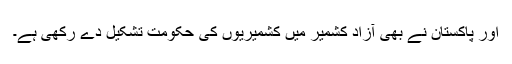
اور پاکستان نے بھی آزاد کشمیر میں کشمیریوں کی حکومت تشکیل دے رکھی ہے۔